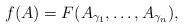
LaTeX: \begin{align*}f(A) = F(A_{\gamma_1}, \dots , A_{\gamma_n}),\end{align*}